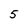
Character: 5